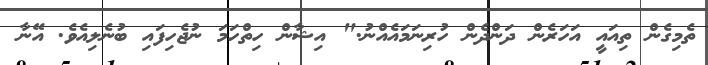
ތެމިގެން ތިއައީ އަހަރެން ދަންދެން ހުރިނަމައެއްނު." އިޝާން ހިތްހަމަ ނުޖެހިފައި ބުނެލިއެވެ. އޭނާ